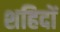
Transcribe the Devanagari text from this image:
शहिदों